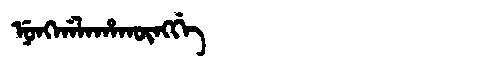
Manchu: ᠨᡠᠩᡤᠠᠯᠠᡥᠠᡴᡡᠩᡤᡝ
Romanization: NUNGGALAHAKŪNGGE